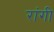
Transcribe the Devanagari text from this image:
रांगी